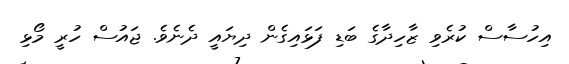
އިހުސާސް ކުރެވި ޒާހިދާގެ ބަޑި ފަޅައިގެން ދިޔައީ ދެނެވެ. ޖައުސް ހުރީ މޯޅި